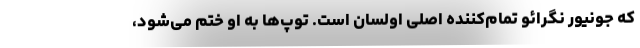
که جونیور نگرائو تمام‌کننده اصلی اولسان است. توپ‌ها به او ختم می‌شود،